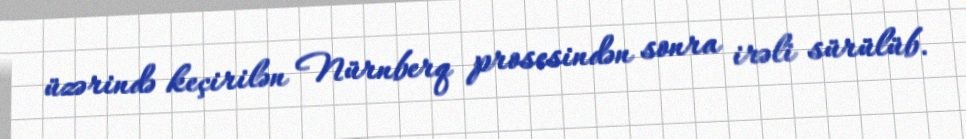
üzərində keçirilən Nürnberq prosesindən sonra irəli sürülüb.